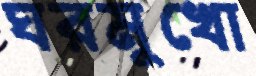
ঘরমুখো